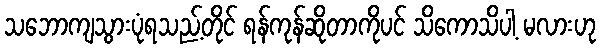
သဘောကျသွားပုံရသည့်တိုင် ရန်ကုန်ဆိုတာကိုပင် သိကောသိပါ့ မလားဟု